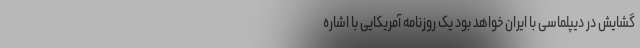
گشایش در دیپلماسی با ایران خواهد بود یک روزنامه‌ آمریکایی با اشاره